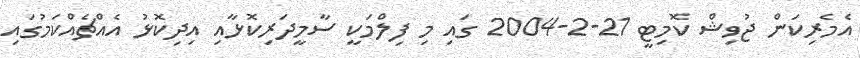
އެމެރިކަން ޖުވިޝް ކޮމިޓީ 21-2-2004 ގައި މި ފިލްމަކީ ސާމީދަރިކޮޅާއި އިދިކޮޅު އެއްޗެއްކަމުގައި